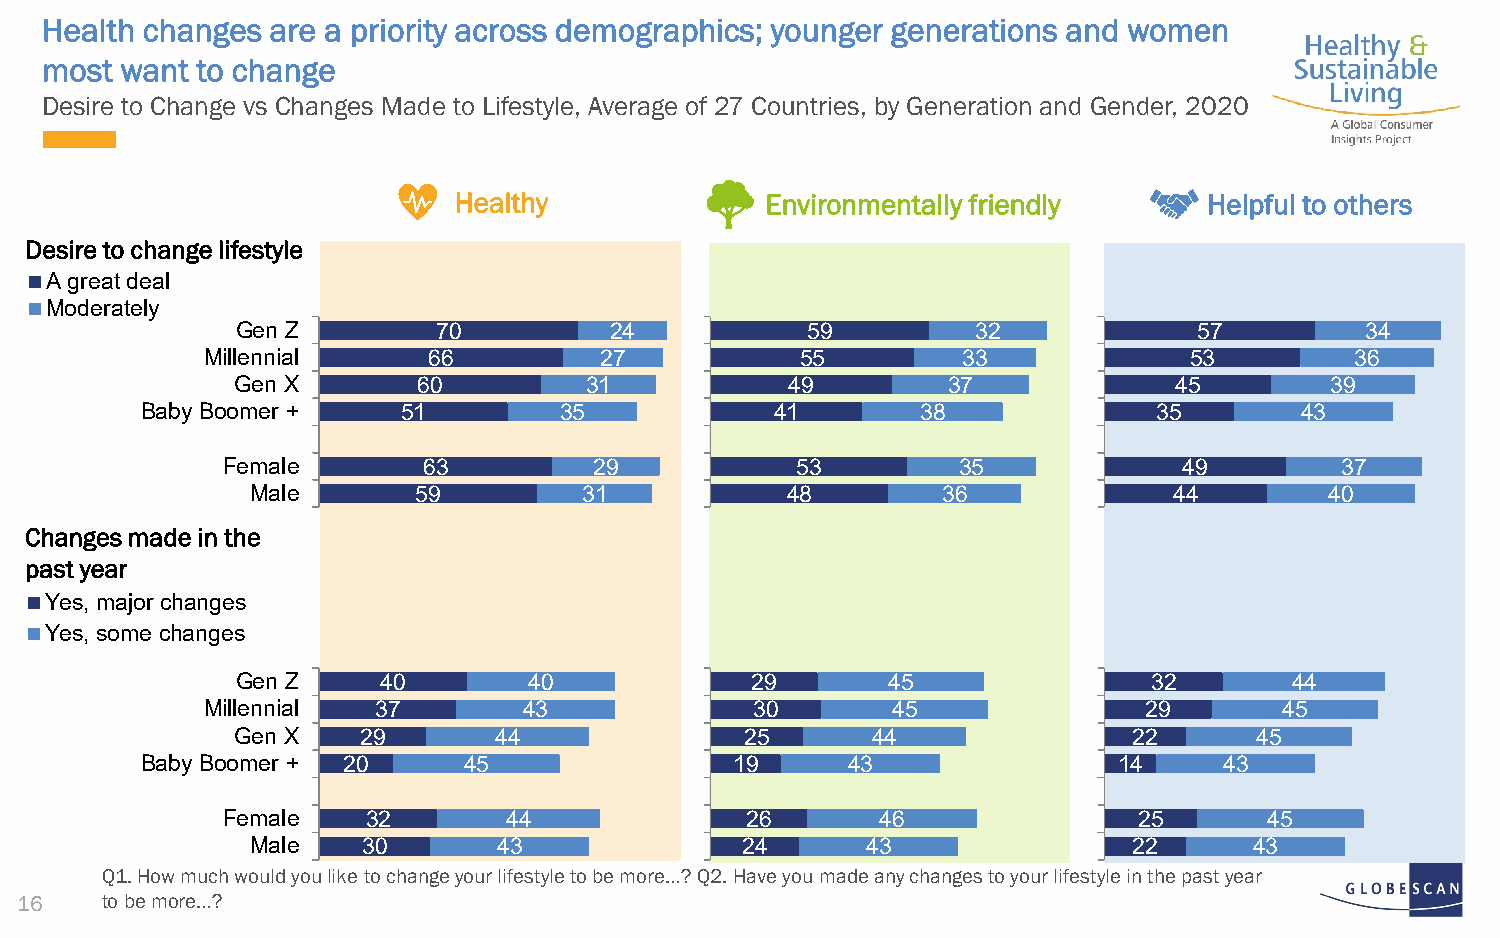
Health changes are a priority across demographics; younger generations and women
 most want to change
 Desire to Change vs Changes Made to Lifestyle, Average of 27 Countries, by Generation and Gender, 2020
 Healthy              Environmentally friendly     Helpful to others
 Desire to change lifestyle
 A great deal
 Moderately
 Gen Z        70         24           59          32            57         34
 Millennial     66          27           55         33             53         36
 Gen X       60         31           49         37             45        39
 Baby Boomer +     51        35            41        38              35       43
 Female       63         29            53        35             49         37
 Male       59         31           48        36              44        40
 Changes made in the
 past year
 Yes, major changes
 Yes, some changes
 Gen Z    40        40             29       45               32        44
 Millennial  37        43             30       45               29       45
 Gen X   29       44              25       44               22      45
 Baby Boomer + 20      45                19     43                14     43
 Female   32        44             26       46               25       45
 Male   30       43              24      43                22      43
 Q1. How much would you like to change your lifestyle to be more…? Q2. Have you made any changes to your lifestyle in the pastyear
 16    to be more…?